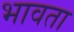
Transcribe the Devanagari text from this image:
भावता